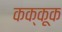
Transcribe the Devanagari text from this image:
कक्कूक